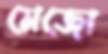
মেজো